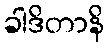
ခါဒိတာနိ